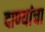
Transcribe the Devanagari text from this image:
दाण्यांचा